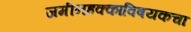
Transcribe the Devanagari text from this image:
जमीनहक्काविषयकचा